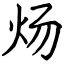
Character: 炀